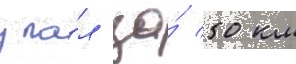
упа́л за́ 50 км